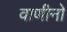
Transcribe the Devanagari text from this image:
वाणीनो